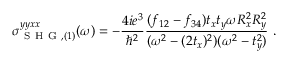
\sigma _ { \mathrm { ~ S ~ H ~ G ~ } , ( 1 ) } ^ { y y x x } ( \omega ) = - \frac { 4 i e ^ { 3 } } { \hslash ^ { 2 } } \frac { ( f _ { 1 2 } - f _ { 3 4 } ) t _ { x } t _ { y } \omega R _ { x } ^ { 2 } R _ { y } ^ { 2 } } { ( \omega ^ { 2 } - ( 2 t _ { x } ) ^ { 2 } ) ( \omega ^ { 2 } - t _ { y } ^ { 2 } ) } \mathrm { ~ . ~ }